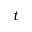
t